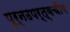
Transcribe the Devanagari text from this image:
पुर्नउपर्त्वचीय